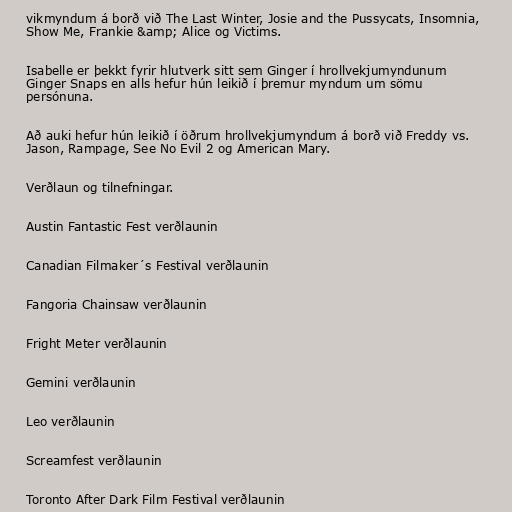
vikmyndum á borð við The Last Winter, Josie and the Pussycats, Insomnia,
Show Me, Frankie &amp; Alice og Victims.

Isabelle er þekkt fyrir hlutverk sitt sem Ginger í hrollvekjumyndunum
Ginger Snaps en alls hefur hún leikið í þremur myndum um sömu
persónuna.

Að auki hefur hún leikið í öðrum hrollvekjumyndum á borð við Freddy vs.
Jason, Rampage, See No Evil 2 og American Mary.

Verðlaun og tilnefningar.

Austin Fantastic Fest verðlaunin

Canadian Filmaker´s Festival verðlaunin

Fangoria Chainsaw verðlaunin

Fright Meter verðlaunin

Gemini verðlaunin

Leo verðlaunin

Screamfest verðlaunin

Toronto After Dark Film Festival verðlaunin